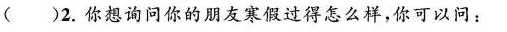
( )2.你想询问你的朋友寒假过得怎么样,你可以问: